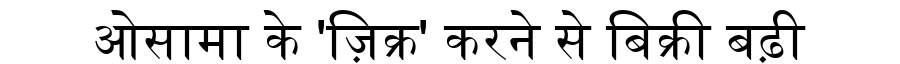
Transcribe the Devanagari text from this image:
ओसामा के 'ज़िक्र' करने से बिक्री बढ़ी